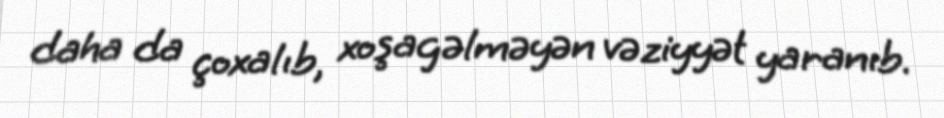
daha da çoxalıb, xoşagəlməyən vəziyyət yaranıb.